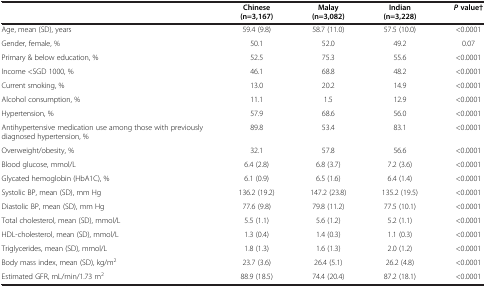
|  | Chinese | Malay | Indian | P value† |
 |  | (n=3,167) | (n=3,082) | (n=3,228) |  |
 | --- | --- | --- | --- | --- |
 | Age, mean (SD), years | 59.4 (9.8) | 58.7 (11.0) | 57.5 (10.0) | <0.0001 |
 | Gender, female, % | 50.1 | 52.0 | 49.2 | 0.07 |
 | Primary & below education, % | 52.5 | 75.3 | 55.6 | <0.0001 |
 | Income <SGD 1000, % | 46.1 | 68.8 | 48.2 | <0.0001 |
 | Current smoking, % | 13.0 | 20.2 | 14.9 | <0.0001 |
 | Alcohol consumption, % | 11.1 | 1.5 | 12.9 | <0.0001 |
 | Hypertension, % | 57.9 | 68.6 | 56.0 | <0.0001 |
 | Antihypertensive medication use among those with previously diagnosed hypertension, % | 89.8 | 53.4 | 83.1 | <0.0001 |
 | Overweight/obesity, % | 32.1 | 57.8 | 56.6 | <0.0001 |
 | Blood glucose, mmol/L | 6.4 (2.8) | 6.8 (3.7) | 7.2 (3.6) | <0.0001 |
 | Glycated hemoglobin (HbA1C), % | 6.1 (0.9) | 6.5 (1.6) | 6.4 (1.4) | <0.0001 |
 | Systolic BP, mean (SD), mm Hg | 136.2 (19.2) | 147.2 (23.8) | 135.2 (19.5) | <0.0001 |
 | Diastolic BP, mean (SD), mm Hg | 77.6 (9.8) | 79.8 (11.2) | 77.5 (10.1) | <0.0001 |
 | Total cholesterol, mean (SD), mmol/L | 5.5 (1.1) | 5.6 (1.2) | 5.2 (1.1) | <0.0001 |
 | HDL-cholesterol, mean (SD), mmol/L | 1.3 (0.4) | 1.4 (0.3) | 1.1 (0.3) | <0.0001 |
 | Triglycerides, mean (SD), mmol/L | 1.8 (1.3) | 1.6 (1.3) | 2.0 (1.2) | <0.0001 |
 | Body mass index, mean (SD), kg/m2 | 23.7 (3.6) | 26.4 (5.1) | 26.2 (4.8) | <0.0001 |
 | Estimated GFR, mL/min/1.73 m2 | 88.9 (18.5) | 74.4 (20.4) | 87.2 (18.1) | <0.0001 |